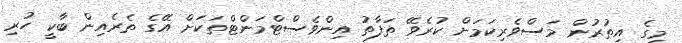
މީގެ އިތުރުން މަސްވެރިކަމަށް ކުރެވޭ ތަފާތު އިންވެސްޓްމަންޓްތަކަށް އޭގެ ތެރެއިން ބާކީ ހުރި